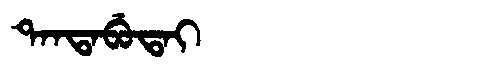
Manchu: ᡨᠠᠨᡨᠠᠪᡠᡨᠠᡳ
Romanization: TANTABUTAI